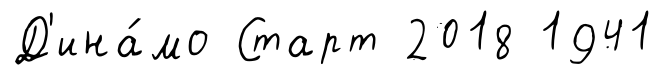
Д'ина́мо Старт 2018 1941